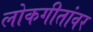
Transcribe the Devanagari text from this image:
लोकगीतांवर